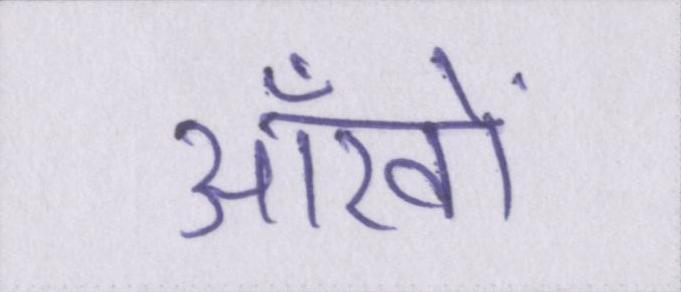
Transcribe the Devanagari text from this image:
आँखों